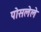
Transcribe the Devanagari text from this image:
पोसलेले